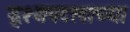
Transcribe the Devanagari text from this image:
द्श्यपटलाच्या